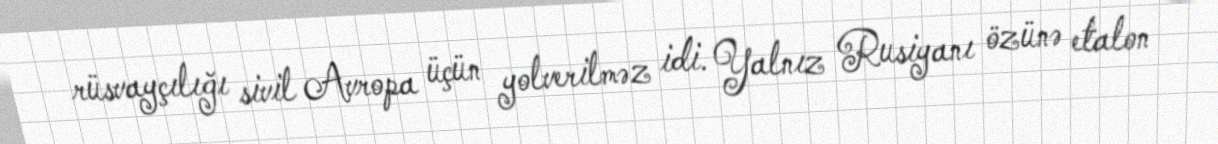
rüsvayçılığı sivil Avropa üçün yolverilməz idi. Yalnız Rusiyanı özünə etalon